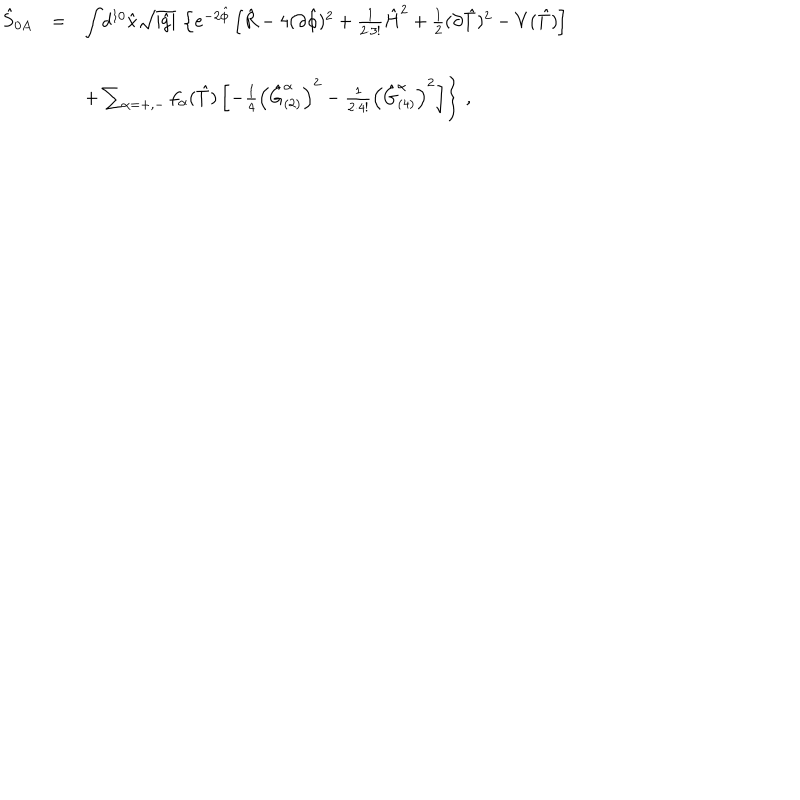
\begin{array} { r c l } { { \hat { S } _ { 0 A } } } & { { = } } & { { { \displaystyle \int } d ^ { 1 0 } \hat { x } \sqrt { | \hat { g } | } \, \left\{ e ^ { - 2 \hat { \phi } } \left[ \hat { R } - 4 ( \partial \hat { \phi } ) ^ { 2 } + \frac { 1 } { 2 \cdot 3 ! } \hat { H } ^ { 2 } + \frac { 1 } { 2 } ( \partial \hat { T } ) ^ { 2 } - V ( \hat { T } ) \right] \right. } } \\ { { } } & { { } } & { { } } \\ { { } } & { { } } & { { \hspace { 2 c m } \left. + \sum _ { \alpha = + , - } f _ { \alpha } ( \hat { T } ) \left[ - \frac { 1 } { 4 } \left( \hat { G } _ { ( 2 ) } ^ { \alpha } \right) ^ { 2 } - \frac { 1 } { 2 \cdot 4 ! } \left( \hat { G } _ { ( 4 ) } ^ { \alpha } \right) ^ { 2 } \right] \right\} \, , } } \\ \end{array}